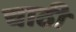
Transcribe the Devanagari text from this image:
चाठी